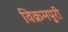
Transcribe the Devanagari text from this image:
विक्रमपुरी